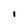
Character: i